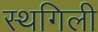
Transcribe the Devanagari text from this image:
स्थगिली